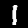
Label: 1